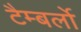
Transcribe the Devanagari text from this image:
टैम्बर्लो